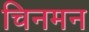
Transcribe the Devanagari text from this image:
चिनमन